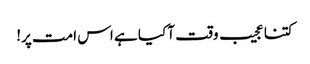
کتنا عجیب وقت آ کیا ہے اس امت پر!